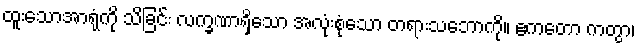
ထူးသောအာရုံကို သိခြင်း လက္ခဏာရှိသော အလုံးစုံသော တရားသဘောကို။ ဧကတော ကတွာ၊